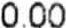
0.00